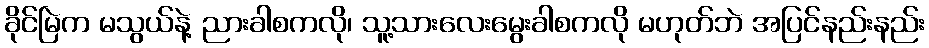
ခိုင်မြဲက မသွယ်နဲ့ ညားခါစကလို၊ သူ့သားလေးမွေးခါစကလို မဟုတ်ဘဲ အပြင်နည်းနည်း